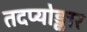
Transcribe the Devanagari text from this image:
तदप्योङ्कार